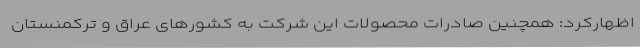
اظهارکرد: همچنین صادرات محصولات این شرکت به کشورهای عراق و ترکمنستان